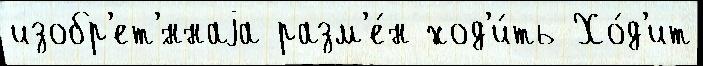
изобр'ет'́ннаjа разм'е́н ход'и́ть Хо́д'ит